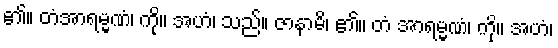
၏။ တံအာရမ္မဏံ၊ ကို။ အဟံ၊ သည်။ ဇာနာမိ၊ ၏။ တံ အာရမ္မဏံ၊ ကို။ အဟံ၊